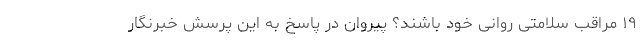
۱۹ مراقب سلامتی روانی خود باشند؟ پیروان در پاسخ به این پرسش خبرنگار